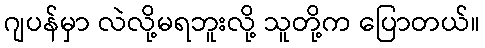
ဂျပန်မှာ လဲလို့မရဘူးလို့ သူတို့က ပြောတယ်။